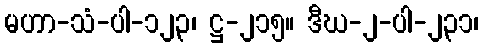
မဟာ-သံ-ပါ-၁၂၃၊ ဋ္ဌ-၂၁၅။ ဒီဃ-၂-ပါ-၂၃၁၊